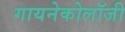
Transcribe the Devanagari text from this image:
गायनेकोलॉजी